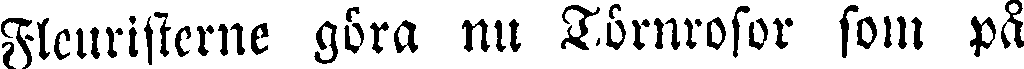
Fleuristerne göra nu Törnrosor som på